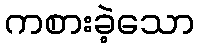
ကစားခဲ့သော